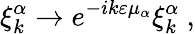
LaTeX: \xi_{k}^{\alpha}\to e^{-ik\varepsilon\mu_{\alpha}}\xi_{k}^{\alpha}\ ,